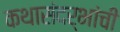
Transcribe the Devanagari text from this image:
कथासंदर्भांची